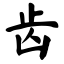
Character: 齿